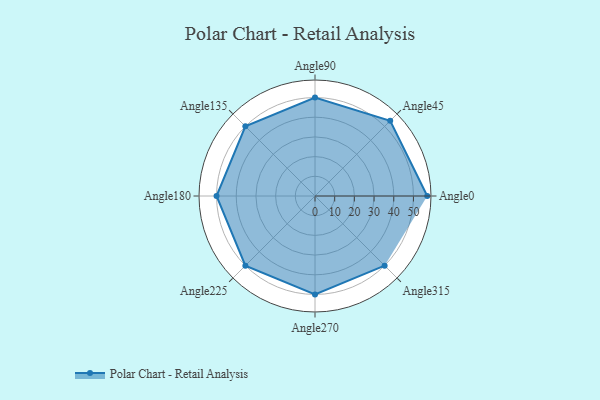
{"axis": {"x": "Angle", "y": "Radius"}, "legend": [""], "data": [{"x": "Angle0", "y": 57.0, "type": ""}, {"x": "Angle45", "y": 54.0, "type": ""}, {"x": "Angle90", "y": 50, "type": ""}, {"x": "Angle135", "y": 50, "type": ""}, {"x": "Angle180", "y": 50, "type": ""}, {"x": "Angle225", "y": 50, "type": ""}, {"x": "Angle270", "y": 50, "type": ""}, {"x": "Angle315", "y": 50, "type": ""}]}